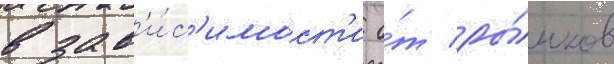
в зав'и́с'имост'и о́т ры́нков